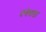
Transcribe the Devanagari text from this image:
दन्तेवाडा